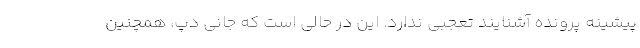
پیشینهٔ پرونده آشنایند تعجبی ندارد. این در حالی است که جانی دپ، همچنین